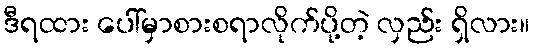
ဒီရထား ပေါ်မှာစားစရာလိုက်ပို့တဲ့ လှည်း ရှိလား။